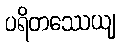
ပရိတဿေယျ